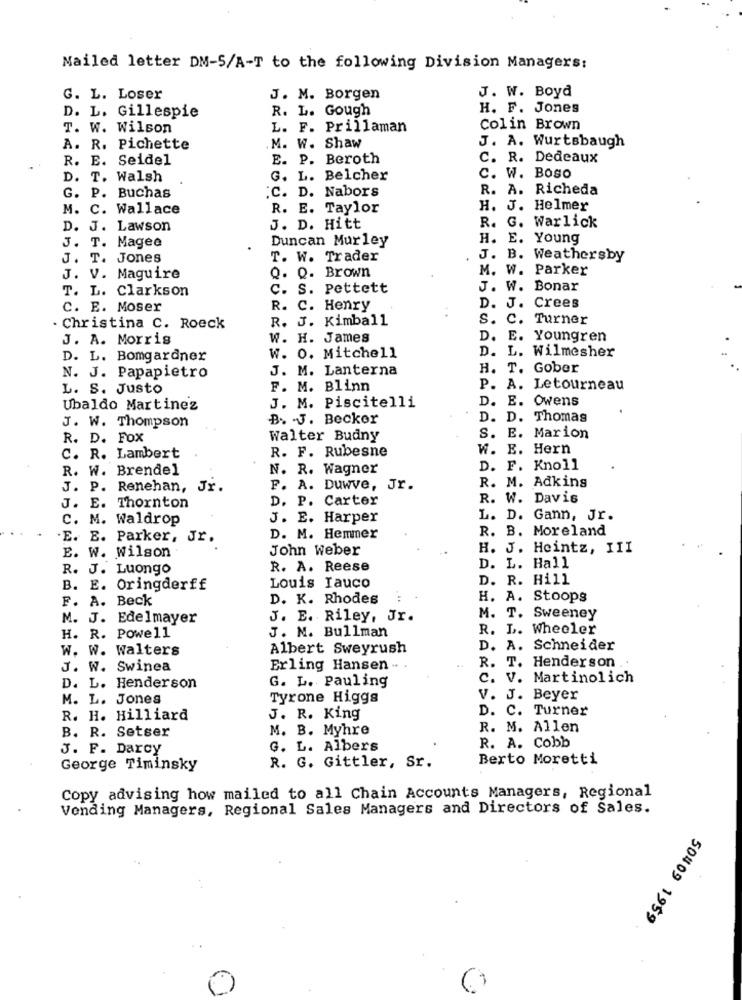
Mailed letter DM-S/A-T to the following Division Managers:
J. W. Boyd
G. L. Loser
J. M. Borgen
R. L. Gough
H. F. Jones
D. L. Gillespie
T. W. Wilson
L. F. Prillaman
Colin Brown
J. A. Wurtsbaugh
A. R. Pichette
M. W. Shaw
R. E. Seidel
E. P. Beroth
C. R. Dedeaux
D. T. Walsh
G. L. Belcher
C. W. Boso
.C. D. Nabors
R. A. Richeda
G. P. Buchas
M. C. Wallace
R. E. Taylor
H. J. Helmer
D. J. Lawson
J. D. Hitt
R. G. Warlick
Duncan Murley
H. E. Young
J. T. Magee
J. T. Jones
T. W. Trader
.
J. B. Weathersby
M. W. Parker
J. V. Maguire
Q. Q. Brown
T. L. Clarkson
C. S. Pettett
J. W. Bonar
c. E. Moser
R. C. Henry
D. J. Crees
R. J. Kimball
S. C. Turner
. Christina C. Roeck
J. A. Morris
W. H. James
D. E. Youngren
. L. Wilmesher
D. L. Bomgardner
w. O. Mitchell
J. M. Lanterna
H. T. Gober
N. J. Papapietro
L. S. Justo
F. M. Blinn
P. A. Letourneau
J. M. Piscitelli
D. E. Owens
Ubaldo Martinez
J. W. Thompson
B. J. Becker
D. D. Thomas
R. D. FOX
Walter Budny
S. E. Marion
R. F. Rubesne
W. E. Hern
C. R. Lambert
R. W. Brendel
N. R. Wagner
D. F. Knoll
R. M. Adkins
J. P. Renehan, Jr.
F. A. Duwve, Jr.
D. P. Carter
R. W. Davis
J. E. Thornton
M. Waldrop
J. E. Harper
L. D. Gann, Jr.
R. B. Moreland
E. E. Parker, Jr.
D. M. Hemmer
John Weber
H. J. Heintz, III
E. W. Wilson
R. J. Luongo
R. A. Reese
D. L. Hall
Louis Iauco
D. R. Hill
B. E. Oringderff
F. A. Beck
D. K. Rhodes
H. A. Stoops
M. J. Edelmayer
J. E. Riley, Jr.
M. T. Sweeney
R. L. Wheeler
H. R. Powell
J. M. Bullman
W. W. Walters
Albert Sweyrush
D. A. Schneider
J. W. Swinea
Erling Hansen ...
R. T. Henderson
G. L. Pauling
C. V. Martinolich
D. L. Henderson
M. L. Jones
Tyrone Higgs
V. J. Beyer
D. C. Turner
R. H. Hilliard
J. R. King
B. R. Setser
M. B. Myhre
R. M. Allen
R. A. Cobb
3. F. Darcy
G. L. Albers
Berto Moretti
George Timinsky
R. G. Gittler, Sr.
Copy advising how mailed to all Chain Accounts Managers, Regional
Vending Managers, Regional Sales Managers and Directors of Sales.
50409 1959